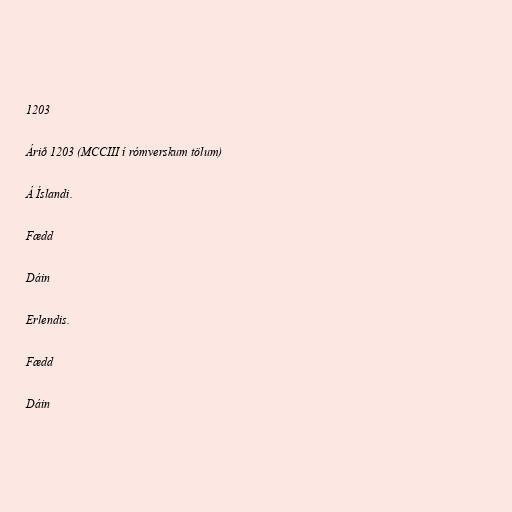
1203

Árið 1203 (MCCIII í rómverskum tölum)

Á Íslandi.

Fædd

Dáin

Erlendis.

Fædd

Dáin